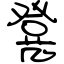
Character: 凳